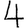
Digit: 4